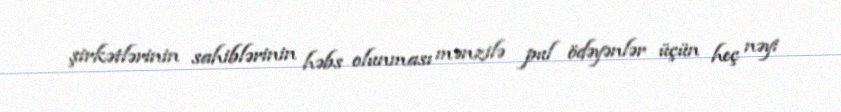
şirkətlərinin sahiblərinin həbs olunması mənzilə pul ödəyənlər üçün heç nəyi